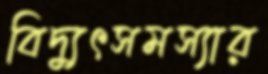
বিদ্যুৎসমস্যার